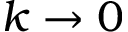
k \rightarrow 0